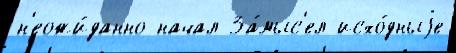
н'еожи́данно начал За́мыс'ел исхо́дныjе